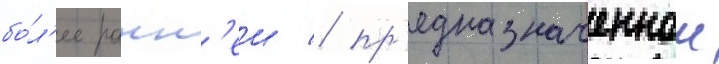
бо́л'ее ранн'еи / пр'едназначеннои